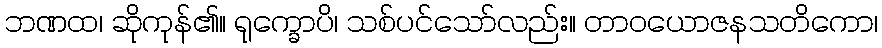
ဘဏထ၊ ဆိုကုန်၏။ ရုက္ခောပိ၊ သစ်ပင်သော်လည်း။ တာဝယောဇနသတိကော၊